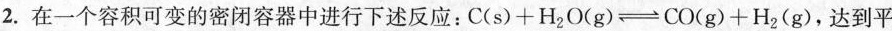
2.在一个容积可变的密闭容器中进行下述反应：$$C(s)+H_{ 2 }O(g)、→CO(g)+H_{ 2 }(g)$$，达到平